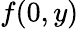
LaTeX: f(0,y)